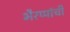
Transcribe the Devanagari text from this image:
भैरप्पांची